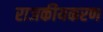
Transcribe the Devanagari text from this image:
राजकीयकरण